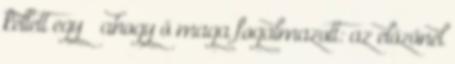
kellett egy – ahogy ő maga fogalmazott: az előzőnél